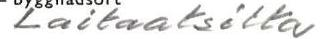
Laitaatsilta